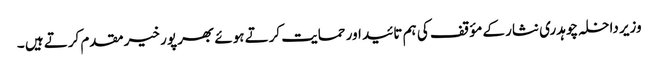
وزیر داخلہ چوہدری نثار کے مؤقف کی ہم تائید اور حمایت کرتے ہوئے بھر پور خیر مقدم کرتے ہیں ۔